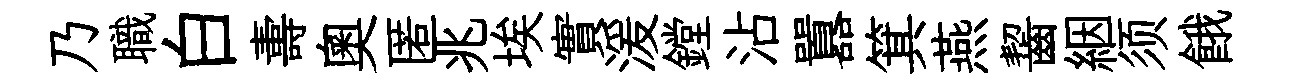
乃職白夀奧匿兆埃實湲鏜沾囂箕燕齧絪须餓